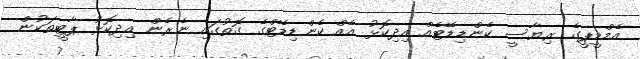
އެމްޑީޕީގެ ރިޔާސީ ކެންޑިޑޭޓެއް އިދިކޮޅު އެއް ކެންޑިޑޭޓްގެ ގޮތުގައި ނެރެން އިދިކޮޅު ޕާޓީތަކުން